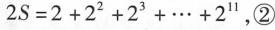
$$2 S = 2 + 2 ^ { 2 } + 2 ^ { 3 } + . . . + 2 ^ { 1 1 }$$，②